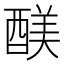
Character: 𮠻